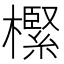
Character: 𣝌